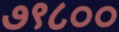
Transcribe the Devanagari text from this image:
७९८००